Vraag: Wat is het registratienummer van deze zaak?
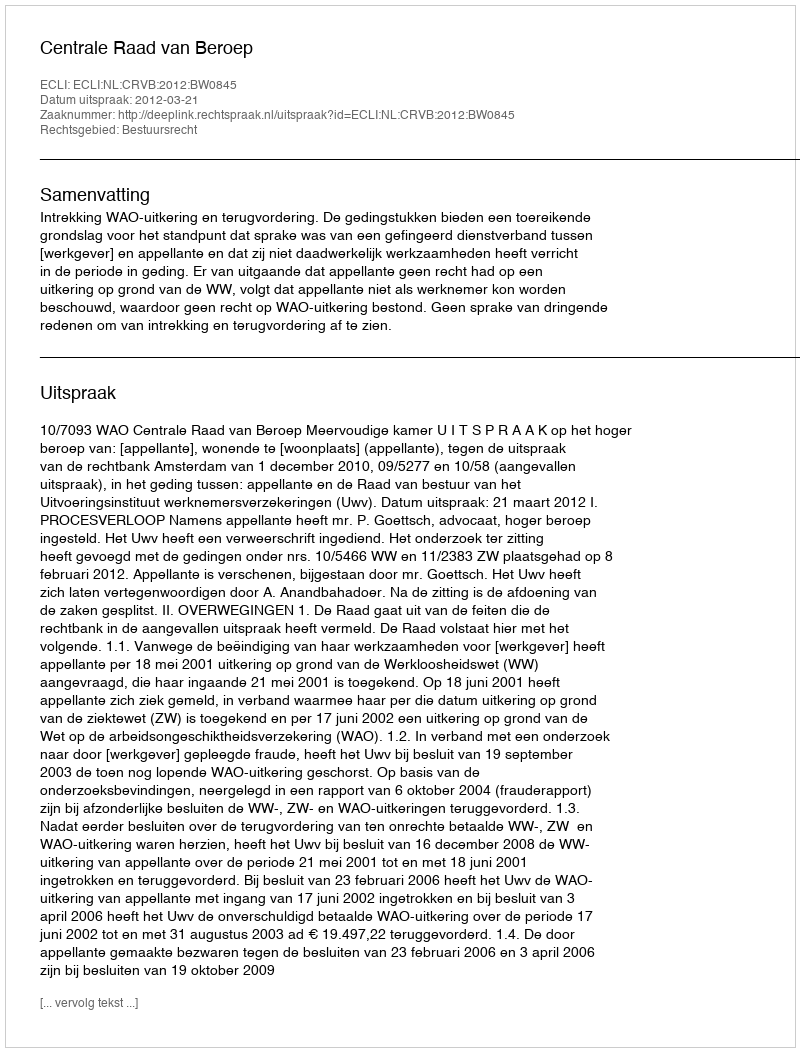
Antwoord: http://deeplink.rechtspraak.nl/uitspraak?id=ECLI:NL:CRVB:2012:BW0845